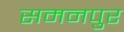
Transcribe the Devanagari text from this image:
समनपुर